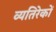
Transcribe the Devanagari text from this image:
व्यतिरेकों